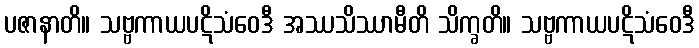
ပဇာနာတိ။ သဗ္ဗကာယပဋိသံဝေဒီ အဿသိဿာမီတိ သိက္ခတိ။ သဗ္ဗကာယပဋိသံဝေဒီ